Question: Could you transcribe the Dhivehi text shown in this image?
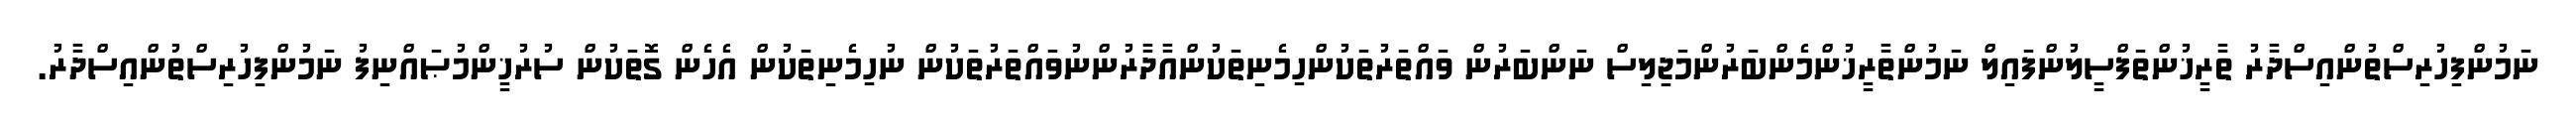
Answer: ނަމުންފިހުރިސްތުންއިސްދާރު ތާރީޚުންތަފްސީލުންފައިލް ނަމުންތާރީޚުންމެންބަރުންމަޖިލިސް ނަންބަރުން ވައްތަރުތަކުންހިމެނިތަކުންއާދާރުންނުވައްތަރުތަކުން ނުހިމެނިތަކުން އެހެން ގޮތަކުން ސުރުޚީންމުޞައްނިފު ނަމުންފިހުރިސްތުންއިސްދާރު.